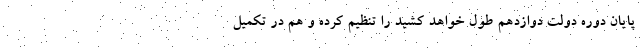
پایان دوره دولت دوازدهم طول خواهد کشید را تنظیم کرده و هم در تکمیل